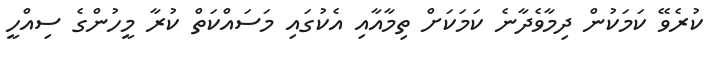
ކުރެވޭ ކަމަކުން ދިމާވެދާނެ ކަމަކަށް ތިމާއާއި އެކުގައި މަސައްކަތް ކުރާ މީހުންގެ ސިއްހީ